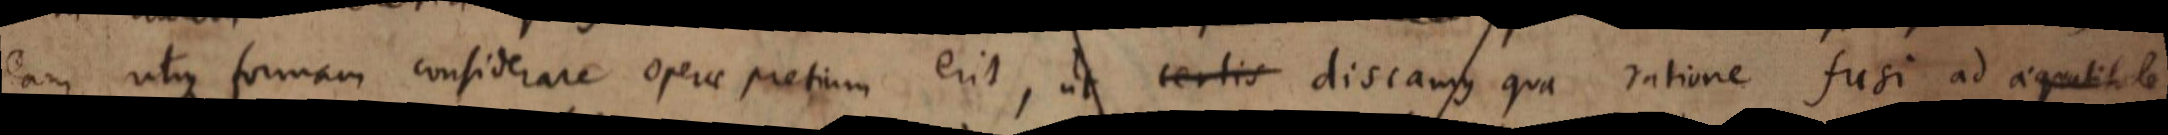
eam utique formam considerare operae pretium erit, ut certis discamus qua ratione fusi ad